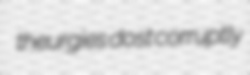
theurgies dost corruptly